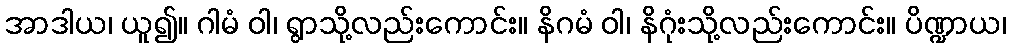
အာဒါယ၊ ယူ၍။ ဂါမံ ဝါ၊ ရွာသို့လည်းကောင်း။ နိဂမံ ဝါ၊ နိဂုံးသို့လည်းကောင်း။ ပိဏ္ဍာယ၊